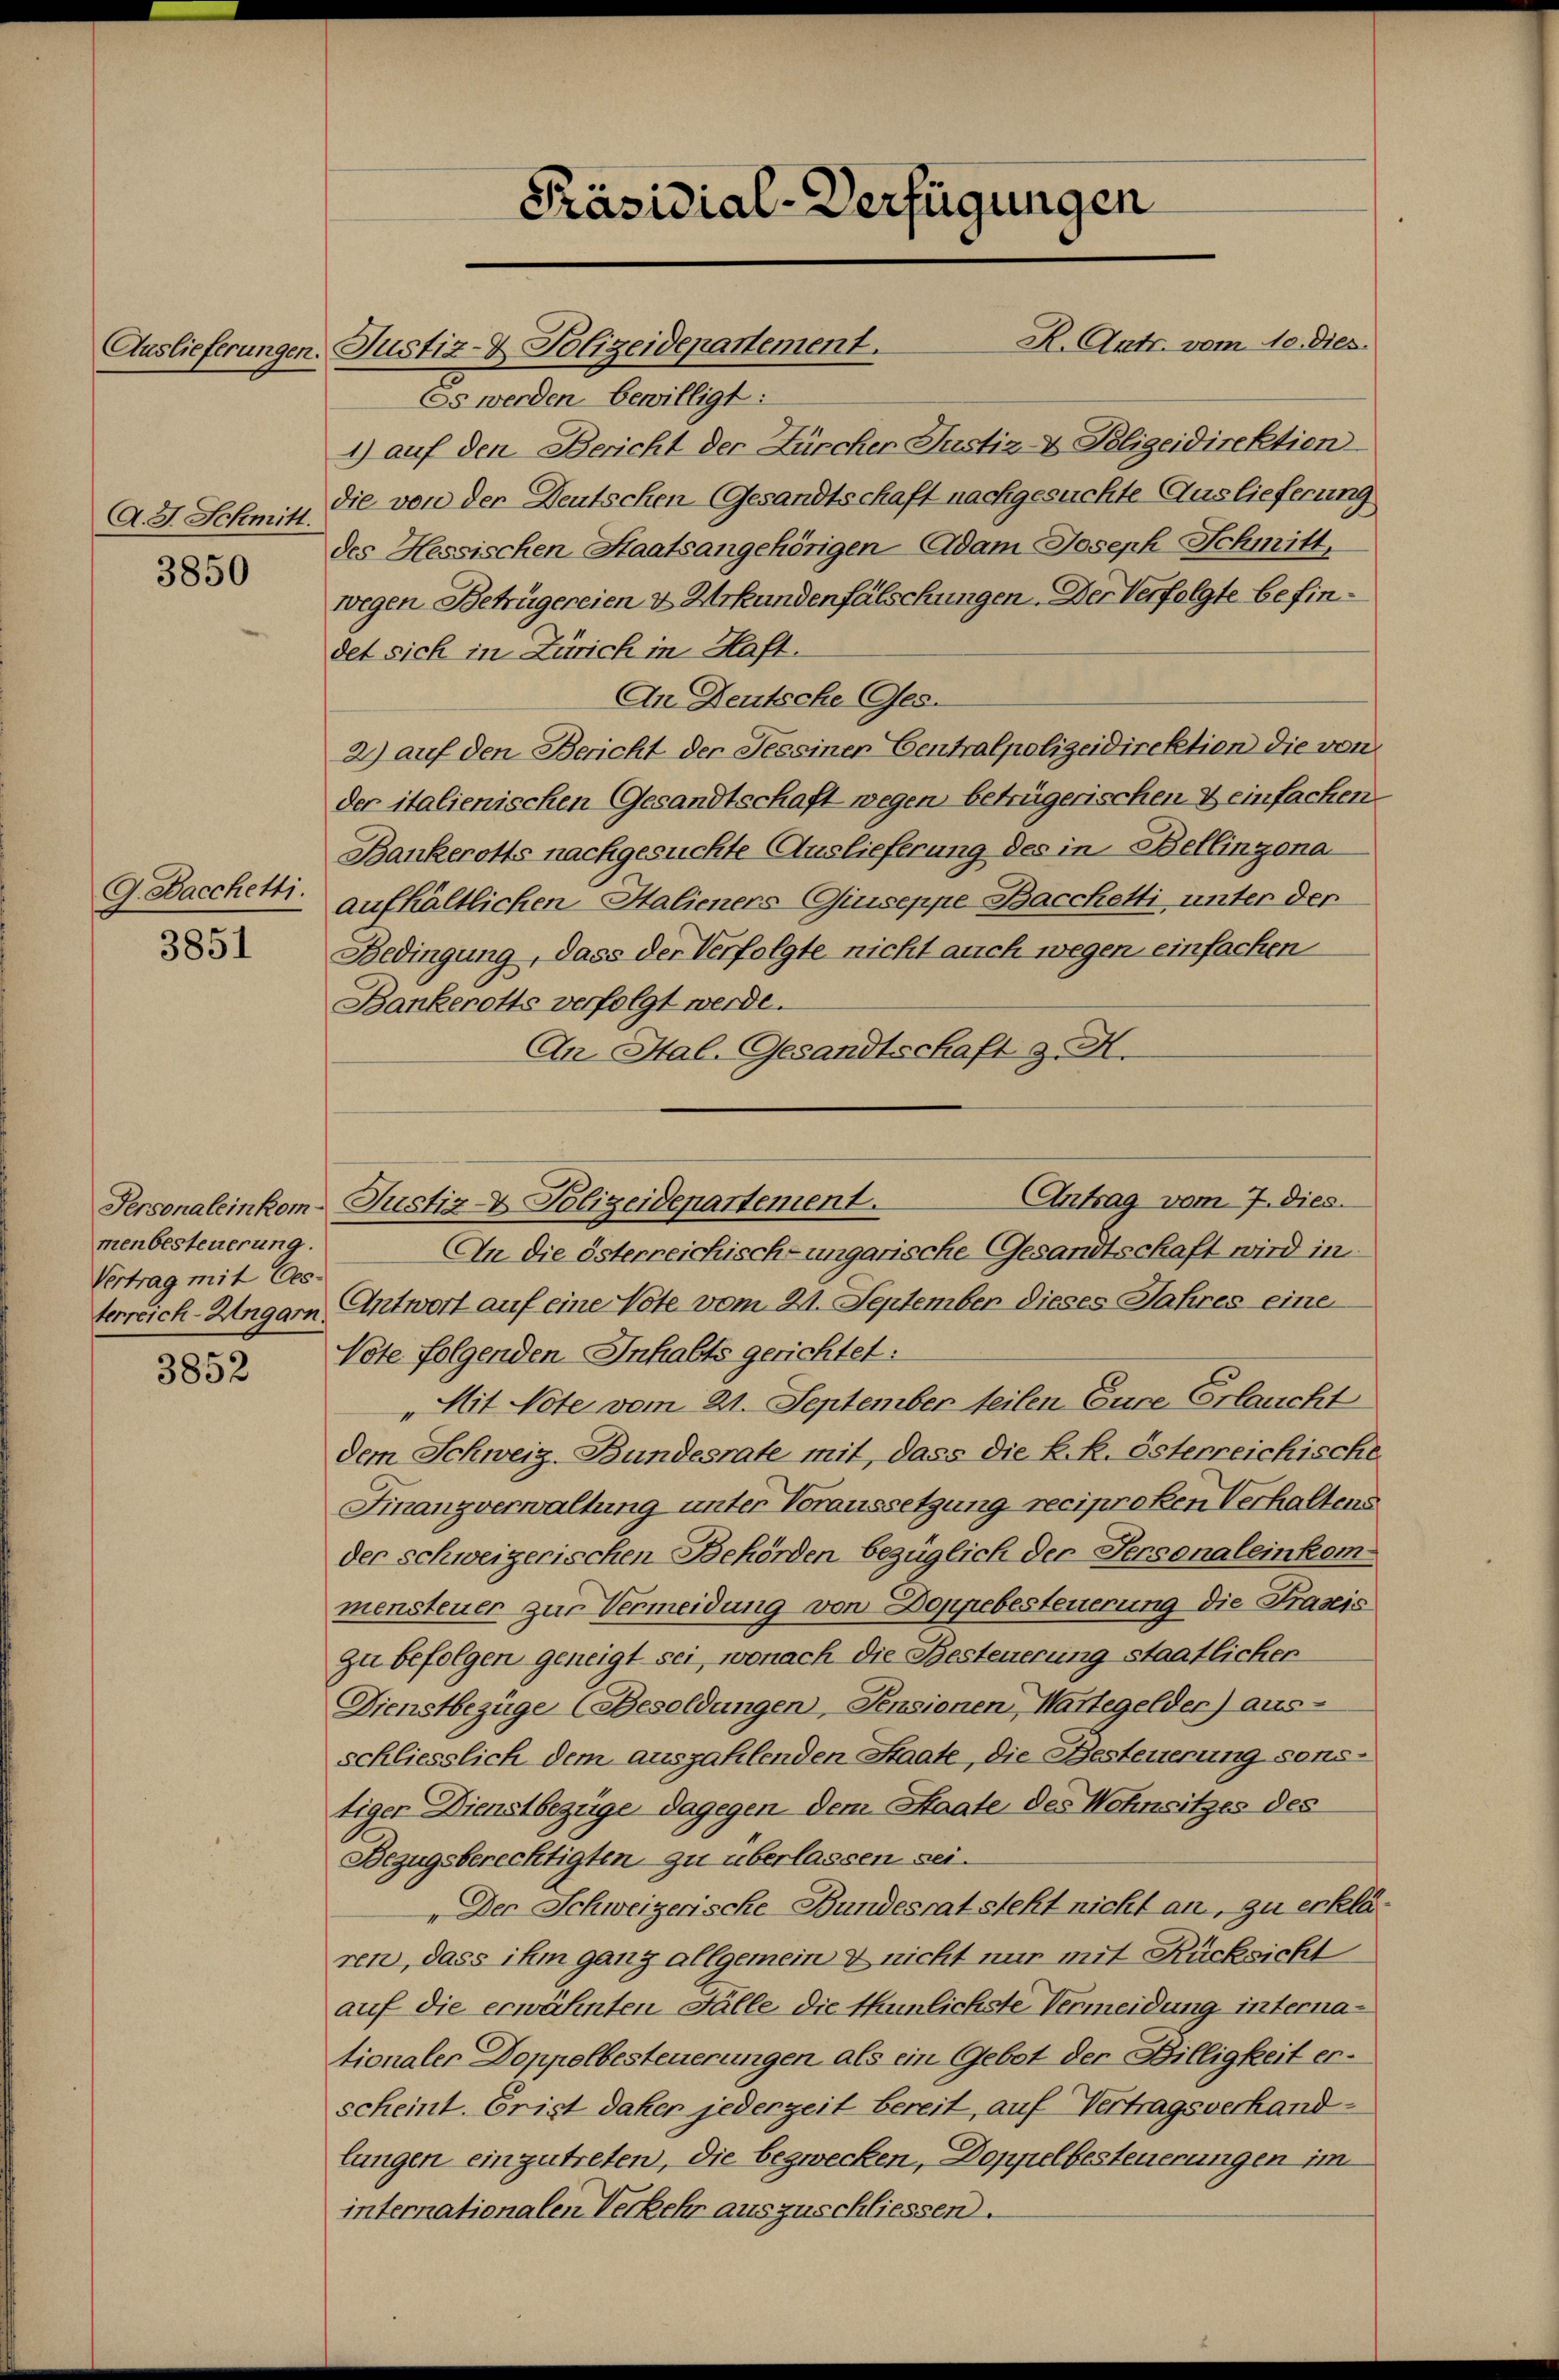
A. J. Schmitt

3850

G. Bacchetti.

3851

menbesteuerung.
Vertrag mit Oes-

3852

Präsidial-Verfügungen

R. Antr. vom 10. Dies
Auslieferungen Justiz- & Polizeidepartement.
Es werden bewilligt:
4) auf den Bericht der Zürcher Justiz- & Polizeidirektien
die von der Deutschen Gesandtschaft nachgesuchte Auslieferung
des Hessischen Staatsangehörigen Adam Joseph Schmitt
wegen Betrügereien & Urkundenfälschungen. Der Verfolgte befindet sich in Zürich in Haft.
An Deutsche Ges.
2) auf den Bericht der Sesseiner Centralpolizeidirektion die von
der italienischen Gesandtschaft wegen betrügerischen & einfachen.
Bankerotts nachgesuchte Auslieferung des in Bellinzona
aufhältlichen Halieners-Giuseppe Bacchetti unter der
Bedingung, dass der Verfolgte nicht auch wegen einfachen
Bankerotts verfolgt werde.
An Hal. Gesandtschaft d. M.
Personaleinkom- Justiz & Polizeidepartement.
An die österreichisch-ungarische Gesandtschaft wird in
terreich-Ungarn, Antwort auf eine Note vom 21. September dieses Jahres eine
Note folgenden Inhalts gerichtet:
„Mit Note vom 21. September teilen Eure Erlaucht
dem Schweiz. Bundesrate mit, dass die k. k. österreichische
Finanzverwaltung unter Voraussetzung reciproken Verhaltens
der schweizerischen Behörden bezüglich der Personaleinkommensteuer zur Vermeidung von Doppebesteuerung die Praxis
zu befolgen geneigt sei, wonach die Besteuerung staatlicher
Dienstbezüge (Besoldungen, Pensionen, Wartegelder) aus-
schliesslich dem auszahlenden Staate, die Besteuerung sons-
tiger Dienstbezüge dagegen dem Staate des Wohnsitzes des
Bezugsberechtigten zu überlassen sei.
„Der Schweizerische Bundesrat steht nicht an, zu erklären, dass ihm ganz allgemein & nicht nur mit Rücksicht
auf die erwähnten Fälle die thunlichste Vermeidung internationaler Doppelbesteuerungen als ein Gebot der Billigkeit erscheint. Crist daher jederzeit bereit, auf Vertragsverhand-
lungen einzutreten, die bezwecken, Doppelbesteuerungen im
internationalen Verkehr auszuschliessen.

Antrag vom 7. dies